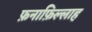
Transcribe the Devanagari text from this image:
फ़नाफ़िल्लाह